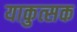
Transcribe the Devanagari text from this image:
याकुत्सक